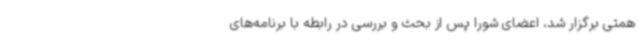
همتی برگزار شد، اعضای شورا پس از بحث و بررسی در رابطه با برنامه‌های